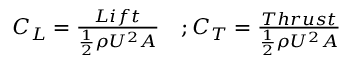
\begin{array} { r } { \begin{array} { c c } { C _ { L } = \frac { L i f t } { \frac { 1 } { 2 } \rho U ^ { 2 } A } } & { ; C _ { T } = \frac { T h r u s t } { \frac { 1 } { 2 } \rho U ^ { 2 } A } } \end{array} } \end{array}